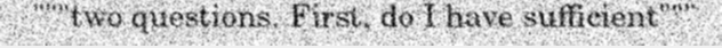
"""two questions. First, do I have sufficient"""